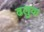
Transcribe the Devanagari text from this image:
ढलुवा